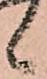
候